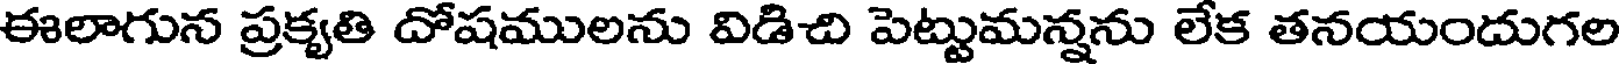
ఈలాగున ప్రకృతి దోషములను విడిచి పెట్టుమన్నను లేక తనయందుగల